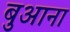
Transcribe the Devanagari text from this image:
बुआना